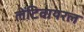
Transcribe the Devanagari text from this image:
लेंटिवायरल